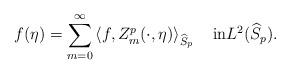
LaTeX: \begin{gather*}f(\eta)=\sum_{m=0}^{\infty}\left\langle f,Z^p_m(\cdot,\eta)\right\rangle_{\widehat{S}_p}\quad\textrm{in}L^2(\widehat{S}_p).\end{gather*}